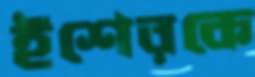
ইশেরকে